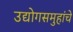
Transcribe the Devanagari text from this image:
उद्योगसमुहांचे